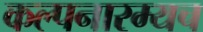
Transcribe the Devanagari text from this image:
कल्पनारम्यच